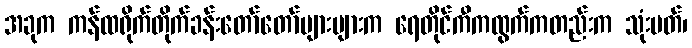
အခုက ကန်ထရိုက်တိုက်ခန်းတော်တော်များများက ရေတိုင်ကီကထွက်ကတည်းက သုံးမတ်၊